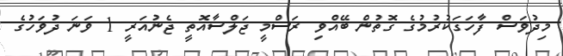
މިދުވަސް ފާހަގަކުރުމުގެ ގޮތުން ބޭއްވި ރަސްމީ ޖަލްސާއޮތީ ޖެނުއަރީ 1 ވަނަ ދުވަހުގެ